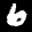
Label: 6